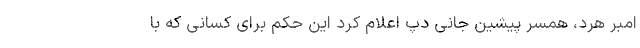
امبر هرد،‌ همسر پیشین جانی دپ اعلام کرد این حکم برای کسانی که با